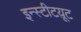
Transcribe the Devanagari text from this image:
इन्स्टीटय़ूट